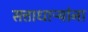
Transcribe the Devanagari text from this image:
सत्ताधाऱ्यांना